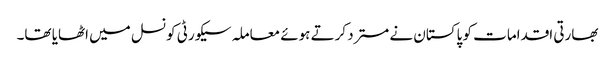
بھارتی اقدامات کو پاکستان نے مسترد کرتے ہوئے معاملہ سیکورٹی کونسل میں اٹھایا تھا۔